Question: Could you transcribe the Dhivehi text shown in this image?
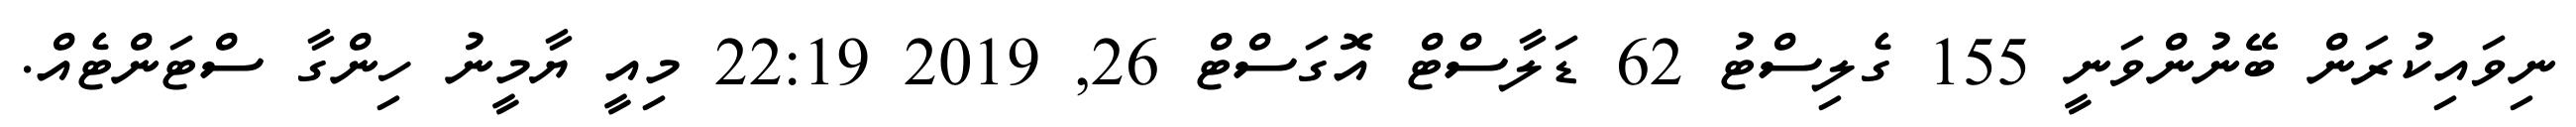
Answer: ނިވައިކުރަން ބޭނުންވަނީ 155 ގެލިސްޓު 62 ޑަލާސްޓް އޮގަސްޓް 26, 2019 22:19 މިއީ ޔާމީނު ހިންގާ ސްޓަންޓެއް.